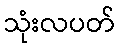
သုံးလပတ်